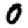
Digit: 0